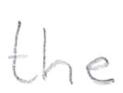
Text: the
Cross-out: clean
Writing tool: pencil